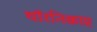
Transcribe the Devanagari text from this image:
थॉरनिक्राप्ट